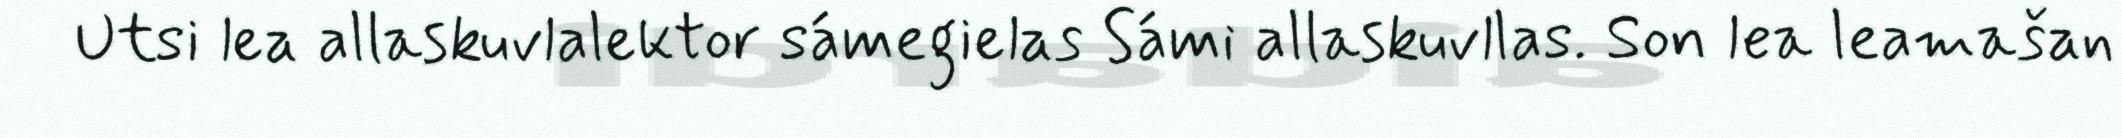
Utsi lea allaskuvlalektor sámegielas Sámi allaskuvllas. Son lea leamašan